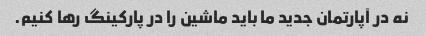
نه در آپارتمان جدید ما باید ماشین را در پارکینگ رها کنیم.